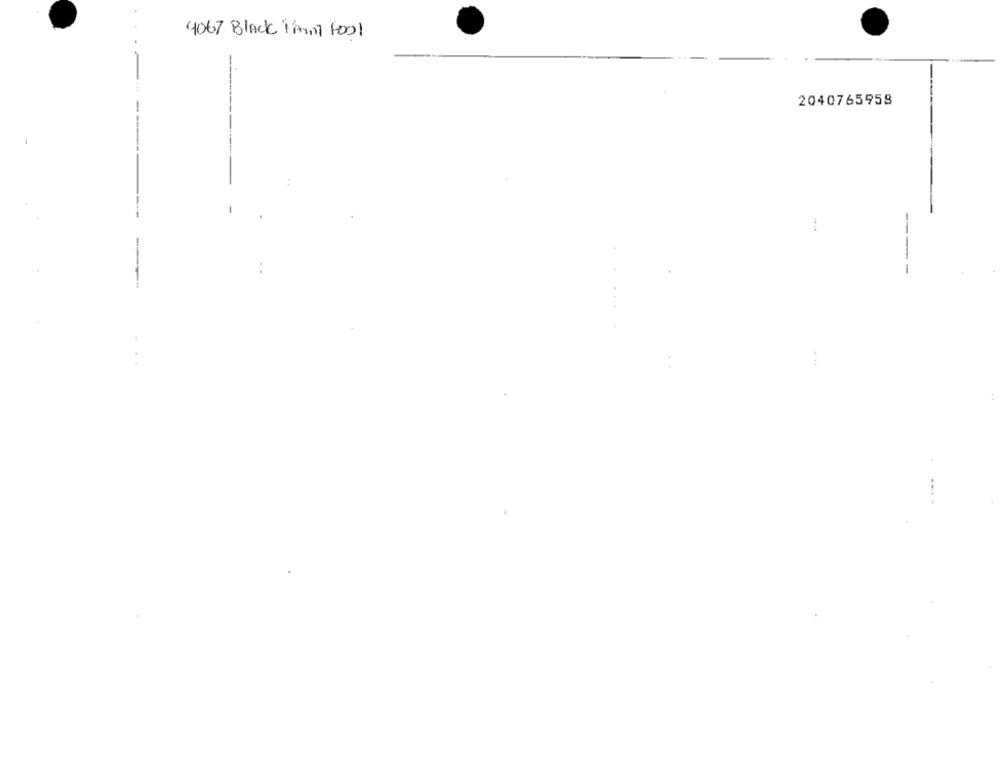
4067 Black iAma Fool
-
2040765958
----
: